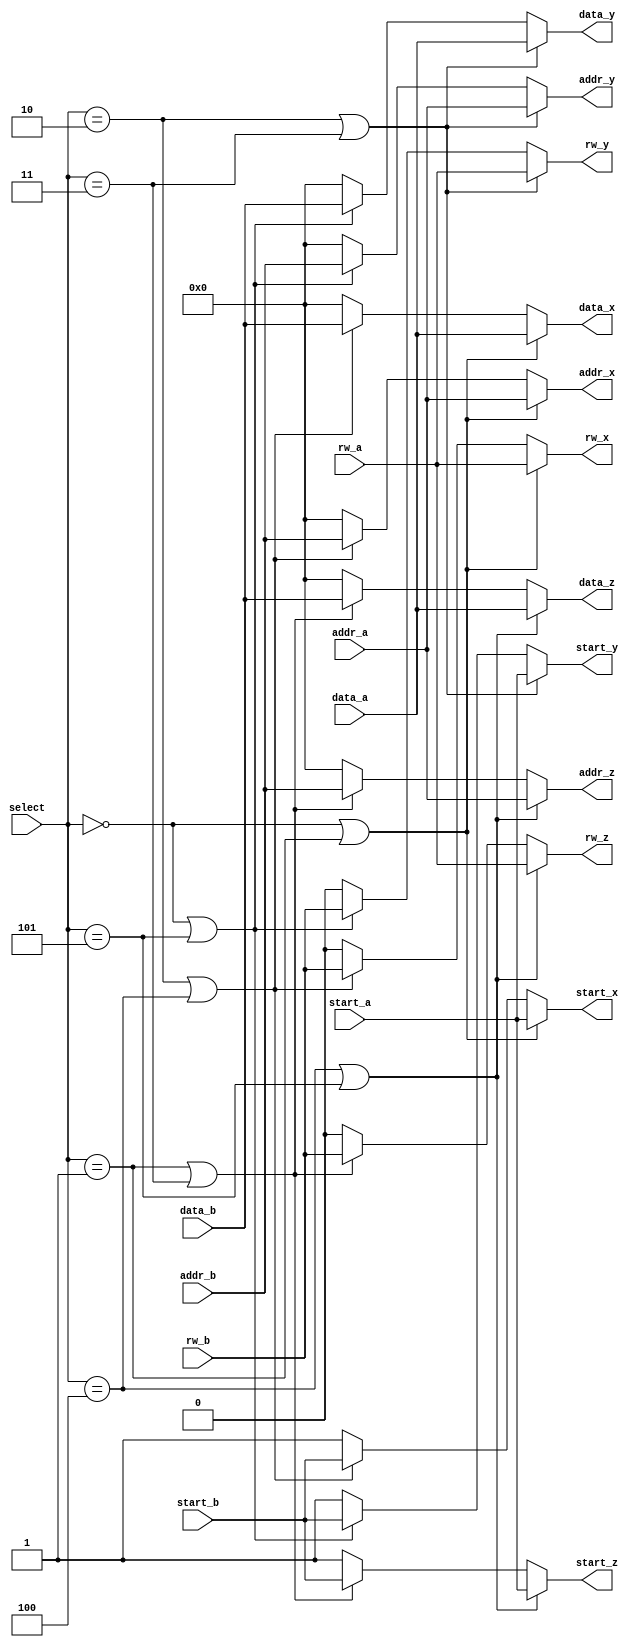
//Muxes for triple buffer
//Copyright (C) <2018>  <James Williams>

////This program is free software: you can redistribute it and/or modify
////it under the terms of the GNU General Public License as published by
////Free Software Foundation, either version 3 of the License, or
////(at your option) any later version.

////This program is distributed in the hope that it will be useful,
////but WITHOUT ANY WARRANTY; without even the implied warranty of
////MERCHANTABILITY or FITNESS FOR A PARTICULAR PURPOSE.  See the
////GNU General Public License for more details.

 ///You should have received a copy of the GNU General Public License
////along with this program.  If not, see <https://www.gnu.org/licenses/>.

//A is camera, B is VGA, D is dummy data (idle)
//All possible states:
//A->X : B->Y : D->Z -- 3'b000
//A->X : B->Z : D->Y -- 3'b001
//A->Y : B->x : D->Z -- 3'b010
//A->Y : B->Z : D->X -- 3'b011
//A->Z : B->X : D->Y -- 3'b100
//A->Z : B->Y : D->X -- 3'b101



module tri_mem_mux
#(
parameter addr_bus_size = 16,
parameter data_bus_size = 16
)
(

//Inputs

input [(addr_bus_size - 1):0] addr_a,
input [(data_bus_size - 1):0] data_a,
input start_a,
input rw_a,

input [(addr_bus_size - 1):0] addr_b,
input [(data_bus_size - 1):0] data_b,
input start_b,
input rw_b,
input [2:0] select,

//Outputs

output [(addr_bus_size - 1):0] addr_x,
output [(data_bus_size - 1):0] data_x,
output start_x, 
output rw_x,

output [(addr_bus_size - 1):0] addr_y,
output [(data_bus_size - 1):0] data_y,
output start_y,
output rw_y,

output [(addr_bus_size - 1):0] addr_z,
output [(data_bus_size - 1):0] data_z,
output start_z,
output rw_z

);

localparam [(addr_bus_size - 1):0] dummy_addr = 0;
localparam [(data_bus_size - 1):0] dummy_data = 0;
localparam dummy_start = 1'b1; //Start is active low
localparam dummy_rw = 1'b0; //1 for a read (although it doesn't matter)

localparam [2:0] A = 3'b000, //A->X : B->Y : D->Z
					  B = 3'b001, //A->X : B->Z : D->Y
					  C = 3'b010, //A->Y : B->x : D->Z
					  D = 3'b011, //A->Y : B->Z : D->X
					  E = 3'b100, //A->Z : B->X : D->Y
					  F = 3'b101; //A->Z : B->Y : D->X

//X Dispatching					  
assign addr_x = (select == A || select == B)? addr_a : ((select == C || select == E)? addr_b : dummy_addr);
assign data_x = (select == A || select == B)? data_a : ((select == C || select == E)? data_b : dummy_data);
assign start_x = (select == A || select == B)? start_a : ((select == C || select == E)? start_b : dummy_start);
assign rw_x = (select == A || select == B)? rw_a : ((select == C || select == E)? rw_b : dummy_rw);

//Y Dispaching
assign addr_y = (select == C || select == D)? addr_a : ((select == A || select == F)? addr_b : dummy_addr);
assign data_y = (select == C || select == D)? data_a : ((select == A || select == F)? data_b : dummy_data);
assign start_y = (select == C || select == D)? start_a : ((select == A || select == F)? start_b : dummy_start);
assign rw_y = (select == C || select == D)? rw_a : ((select == A || select == F)? rw_b : dummy_rw);

//Z Dispaching
assign addr_z = (select == E || select == F)? addr_a : ((select == B || select == D)? addr_b : dummy_addr);
assign data_z = (select == E || select == F)? data_a : ((select == B || select == D)? data_b : dummy_data);
assign start_z = (select == E || select == F)? start_a : ((select == B || select == D)? start_b : dummy_start);
assign rw_z = (select == E || select == F)? rw_a : ((select == B || select == D)? rw_b : dummy_rw);

 

endmodule



module tri_data_mux
#(
parameter addr_bus_size = 16,
parameter data_bus_size = 16
)
(
input [(data_bus_size - 1):0] data_x,
input [(data_bus_size - 1):0] data_y,
input [(data_bus_size - 1):0] data_z,
input [2:0] select,

output [(data_bus_size - 1):0] data_t //Data to be sent to transmission module
);


//A is the capture module
//B is the transmission module
//D is the dummy input
localparam [2:0] A = 3'b000, //A->X : B->Y : D->Z
					  B = 3'b001, //A->X : B->Z : D->Y
					  C = 3'b010, //A->Y : B->x : D->Z
					  D = 3'b011, //A->Y : B->Z : D->X
					  E = 3'b100, //A->Z : B->X : D->Y
					  F = 3'b101; //A->Z : B->Y : D->X

assign data_t = (select == C || select == E)? data_x : ((select == A || select == F)? data_y : data_z);
					  
endmodule


module tri_ready_mux(
input wire ready_x,
input wire ready_y,
input wire ready_z,
input [2:0] select,

output ready_a,
output ready_b
);

localparam [2:0] A = 3'b000, //A->X : B->Y : D->Z
					  B = 3'b001, //A->X : B->Z : D->Y
					  C = 3'b010, //A->Y : B->x : D->Z
					  D = 3'b011, //A->Y : B->Z : D->X
					  E = 3'b100, //A->Z : B->X : D->Y
					  F = 3'b101; //A->Z : B->Y : D->X
					  
assign ready_a = (select == A || select == B)? ready_x : ((select == C || select == D)? ready_y : ready_z);

assign ready_b = (select == C || select == E)? ready_x : ((select == A || select == F)? ready_y : ready_z);

endmodule